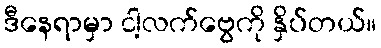
ဒီနေရာမှာ ငါ့လက်ဗွေကို နှိပ်တယ်။